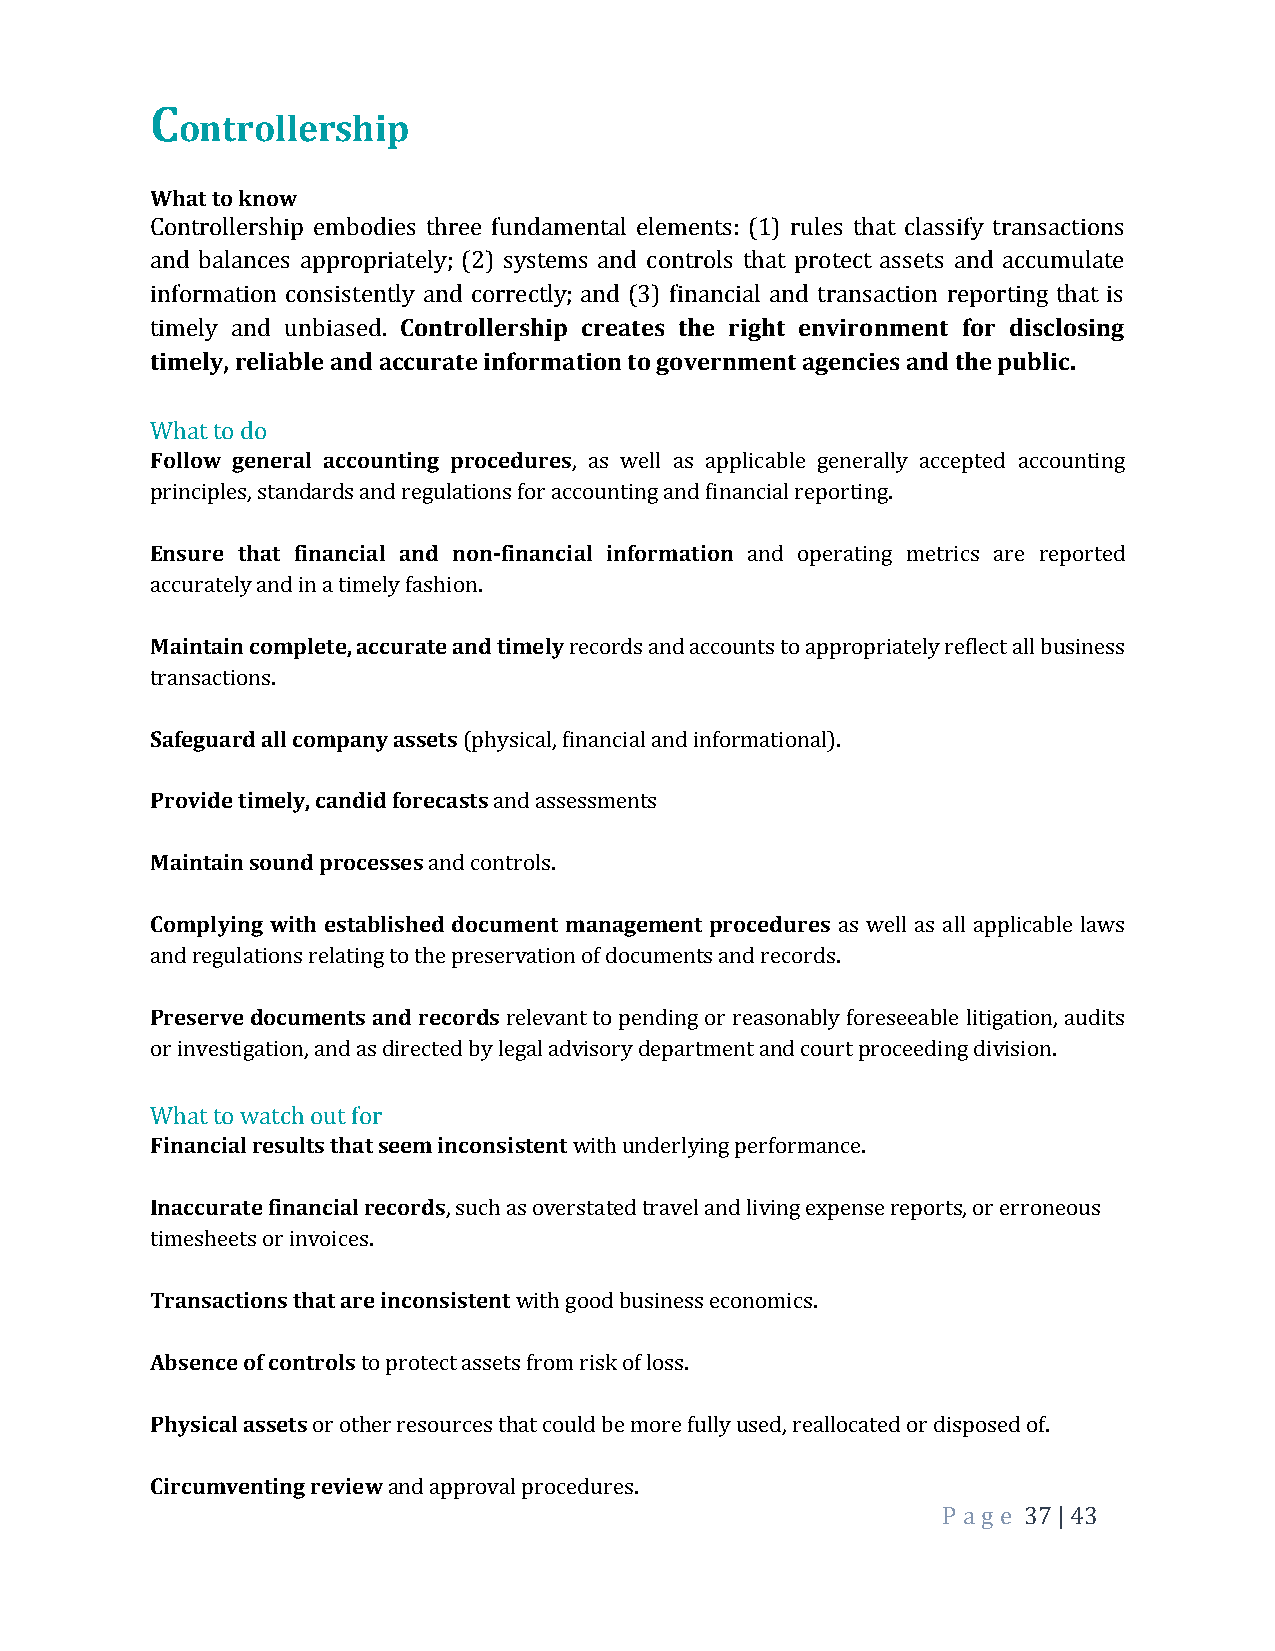
C
 ontrollership
 What to know
 Controllership embodies three fundamental elements: (1) rules that classify transactions
 and balances appropriately; (2) systems and controls that protect assets and accumulate
 information consistently and correctly; and (3) financial and transaction reporting that is
 timely and unbiased. Controllership creates the right environment for disclosing
 timely, reliable and accurate information to government agencies and the public.
 What to do
 Follow general accounting procedures, as well as applicable generally accepted accounting
 principles, standards and regulations for accounting and financial reporting.
 Ensure that financial and non-financial information and operating metrics are reported
 accurately and in a timely fashion.
 Maintain complete, accurate and timely records and accounts to appropriately reflect all business
 transactions.
 Safeguard all company assets (physical, financial and informational).
 Provide timely, candid forecasts and assessments
 Maintain sound processes and controls.
 Complying with established document management procedures as well as all applicable laws
 and regulations relating to the preservation of documents and records.
 Preserve documents and records relevant to pending or reasonably foreseeable litigation, audits
 or investigation, and as directed by legal advisory department and court proceeding division.
 What to watch out for
 Financial results that seem inconsistent with underlying performance.
 Inaccurate financial records, such as overstated travel and living expense reports, or erroneous
 timesheets or invoices.
 Transactions that are inconsistent with good business economics.
 Absence of controls to protect assets from risk of loss.
 Physical assets or other resources that could be more fully used, reallocated or disposed of.
 Circumventing review and approval procedures.
 P a ge 37 | 43